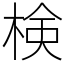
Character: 検